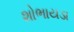
શોભાયડા